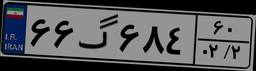
۶۶گ۶۸۴۶۰